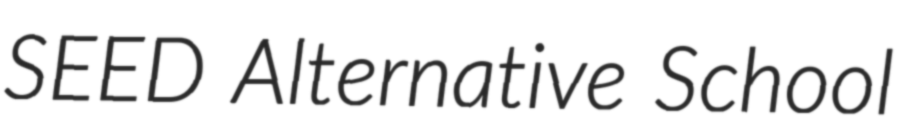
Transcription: SEED Alternative School